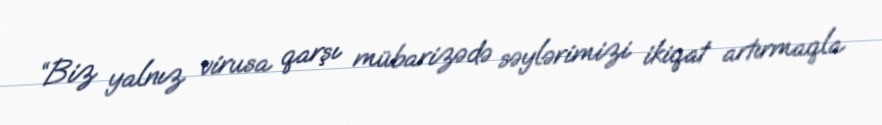
“Biz yalnız virusa qarşı mübarizədə səylərimizi ikiqat artırmaqla